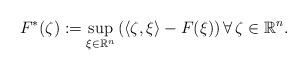
LaTeX: \begin{align*}F^*(\zeta) := \sup_{\xi \in \mathbb{R}^n} \left (\langle \zeta, \xi \rangle - F(\xi) \right ) {\forall \,}\zeta \in \mathbb{R}^n.\end{align*}